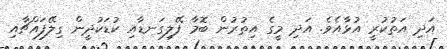
އަދި އަތުކުރީ އުޅާއެވެ. އަދި މީގެ އިތުރުން ބޮމާ ފޭލިގަނޑާއި ކުޑަކުދީން ގިލޭފައްޗާއި